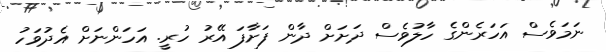
ނަމަވެސް އަހަރެންގެ ހާލުވެސް ދަށަށް ދާން ފަށާފަ އޭރު ހުރީ. އަހަންނަށް އެދުވަހު